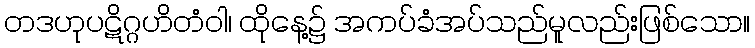
တဒဟုပဋိဂ္ဂဟိတံဝါ၊ ထိုနေ့၌ အကပ်ခံအပ်သည်မူလည်းဖြစ်သော။